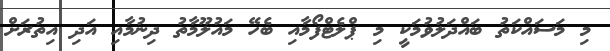
މި މަސައްކަތު ބައްދަލުވުމަކީ މި ޕްލެޓްފޯމާއި ބެހޭ މައުލޫމާތު ދިނުމާއި އަދި އިތުރަށް